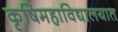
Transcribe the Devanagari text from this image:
कृषिमहाविद्यालयात